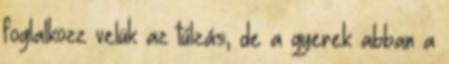
foglalkozz velük az túlzás, de a gyerek abban a